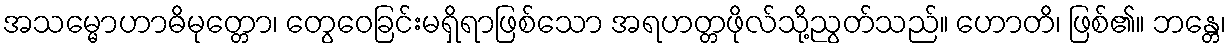
အသမ္မောဟာဓိမုတ္တော၊ တွေဝေခြင်းမရှိရာဖြစ်သော အရဟတ္တဖိုလ်သို့ညွတ်သည်။ ဟောတိ၊ ဖြစ်၏။ ဘန္တေ၊